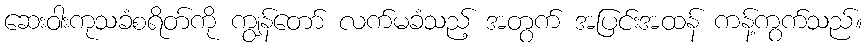
ဆေးဝါးကုသခံစရိတ်ကို ကျွန်တော် လက်မခံသည့် အတွက် အပြင်းအထန် ကန့်ကွက်သည်။